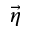
\vec { \eta }